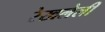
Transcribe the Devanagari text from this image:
रेखलेली